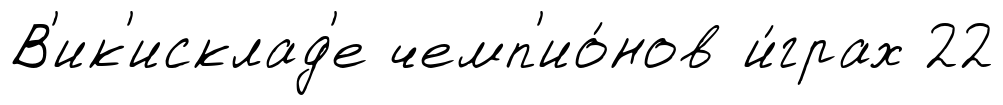
В'ик'исклад'е чемп'ио́нов и́грах 22